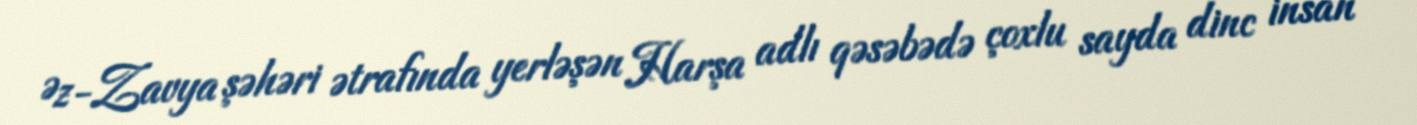
Əz-Zavya şəhəri ətrafında yerləşən Harşa adlı qəsəbədə çoxlu sayda dinc insan